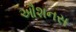
ઔશનસ